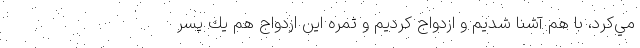
مي‌كرد، با هم آشنا شديم و ازدواج كرديم و ثمره اين ازدواج هم يك پسر